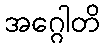
အဂ္ဂေါတိ